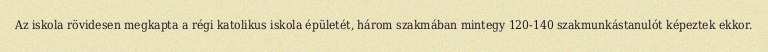
Az iskola rövidesen megkapta a régi katolikus iskola épületét, három szakmában mintegy 120-140 szakmunkástanulót képeztek ekkor.